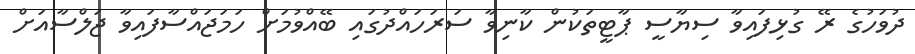
ދުވަހުގެ ރޭ ގުޅިފައިވާ ސިޔާސީ ޕާޓީތަކުން ކާނިވާ ސަރަހައްދުގައި ބޭއްވުމަށް ހަމަޖައްސާފައިވާ ޖަލްސާއަށް